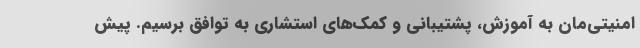
امنیتی‌مان به آموزش، پشتیبانی و کمک‌های استشاری به توافق برسیم. پیش